King Institute of Preventive Medicine Micro-Biological Section reports 1909-11
Year: 1909
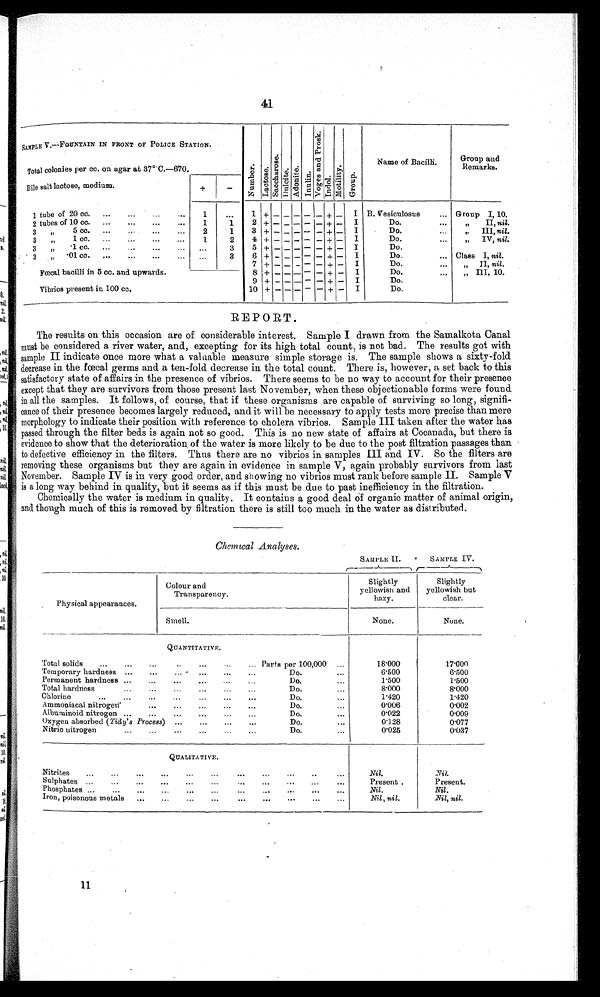
41
SAMPLE V.—FOUNTAIN IN FRONT OF POLICE STATION.
Numbe r . L a c t o s e .
S a c c h a r o s e .
Dul ci t e. Ad o n i t e . I nul i n.
V o g e s a n d P r o s k .
Indol.
Mo r t i l i t y .
Gr o u p .
Name of Bacilli.
Group and
Remarks.
Total colonies per cc. on agar at 37°C. ― 670.
Bile salt lactose, medium
+
—
1 tube of 20 cc. ...
... ... ...
1
. . .
1 + — — — — — + — I B. Vesiculosus
... Group I, 10.
2 tubes of 10 cc. ...
...
...
...
1
1
2 + — — — — — + — I
Do. . . .
,,
II, nil.
3
,, 5 cc. ... ... ... ...
2
1
3 + — — — — — + — I
Do. . . .
,, III, nil.
3 ,,
1 cc. ... ... ... ...
1
2
4 + — — — — — + — I
Do.
...
,, IV, nil.
3 „
.1 cc. ... ...
...
...
. . .
3
5 + — — — — — + — I
Do.
3 ,, .01 cc. ...
...
...
...
. . .
3
6 + — — — — — + — I
Do.
... Class I, nil.
Fœcal bacilli in 5 cc. and upwards.
7 + — — — — — + — I
Do....
II, nil.
8 + — — — — — + — I
Do.
...
„ III, 10.
Vibrios present in 100 cc.
9 + — — — — — + — I
Do.
10 + — — — — — + — I
Do.
REPORT.
The results on this occasion are of considerable interest. Sample I drawn from the Samalkota Canal
must be considered a river water, and, excepting for its high total count, is not bad. The results got with
sample II indicate once more what a valuable measure simple storage is. The sample shows a sixty-fold
decrease in the fœcal germs and a ten-fold decrease in the total count. There is, however, a set back to this
satisfactory state of affairs in the presence of vibrios. There seems to be no way to account for their presence
except that they are survivors from those present last November, when these objectionable forms were found
in all the samples. It follows, of course, that if these organisms are capable of surviving so long, signifi-
cance of their presence becomes largely reduced, and it will be necessary to apply tests more precise than mere
morphology to indicate their position with reference to cholera vibrios. Sample III taken after the water has
passed through the filter beds is again not so good. This is no new state of affairs at Cocanada, but there is
evidence to show that the deterioration of the water is more likely to be due to the post filtration passages than
to defective efficiency in the filters. Thus there are no vibrios in samples III and IV. So the filters are
removing these organisms but they are again in evidence in sample V, again probably survivors from last
November. Sample IV is in very good order, and showing no vibrios must rank before sample II. Sample V
is a long way behind in quality, but it seems as if this must be due to past inefficiency in the filtration.
Chemically the water is medium in quality. It contains a good deal of organic matter of animal origin,
and though much of this is removed by filtration there is still too much in the water as distributed.
Chemical Analyses.
SAMPLE II.
SAMPLE IV.
Physical appearances.
Colour and
Transparency.
Slightly
yellowish and
hazy.
Slightly
yellowish but
clear.
Smell.
None.
None.
QUANTITATIVE.
Total solids
...
...
... ...
. . .
. . . . . .
Parts per 100,000 ...
18.000
17.000
Temporary hardness ...
... ... ... . . .
. . .
D o .
...
6 . 5 0 0
6.500
Permanent hardness ...
... ...
. . . . . . . . .
D o .
...
1 . 5 0 0
1.500
Total hardness
...
... ...
...
...
...
D o .
...
8 . 0 0 0
8.000
Chlorine
...
...
... ...
...
...
. . .
D o .
...
1 . 4 2 0
1.420
Ammoniacal nitrogen
... ...
...
...
...
D o .
...
0 . 0 0 6
0.002
Alburninoid nitrogen ...
... ...
...
...
...
Do.
...
0.022
0.009
Oxygen absorbed ( Tidy's Process) ...
. . . . . .
. . .
Do.
. . .
0.128
0.077
Nitric nitrogen
...
... ...
... ...
. . .
D o .
...
0 . 0 2 5
0.037
QUALITATIVE.
Nitrites
...
...
... ...
...
...
... ... ...
. . . . . .
Nil.
N i l .
Sulphates ...
...
... ...
. . . . . . . . . . . . . . . . . . . . .
Present
Present
Phosphates ... ... ... ... ... ... ... ... ... ... ...
N i l .
Nil.
Iron, poisonous metals ... ...
...
...
... ...
...
. . . . . .
Nil, nil.
Nil, nil.
1 1